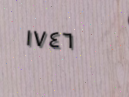
١٧٤٦